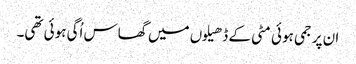
ان پر جمی ہوئی مٹی کے ڈھیلوں میں گھاس اُگی ہوئی تھی۔